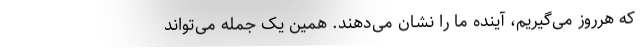
که هرروز می‌گیریم، آینده ما را نشان می‌دهند. همین یک جمله می‌تواند